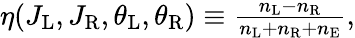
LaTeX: \begin{array}{r}{\eta(J_{\mathrm{L}},J_{\mathrm{R}},\theta_{\mathrm{L}},\theta_{\mathrm{R}})\equiv\frac{n_{\mathrm{L}}-n_{\mathrm{R}}}{n_{\mathrm{L}}+n_{\mathrm{R}}+n_{\mathrm{E}}},}\end{array}